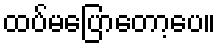
ထပ်မပြောတော့ပေ။